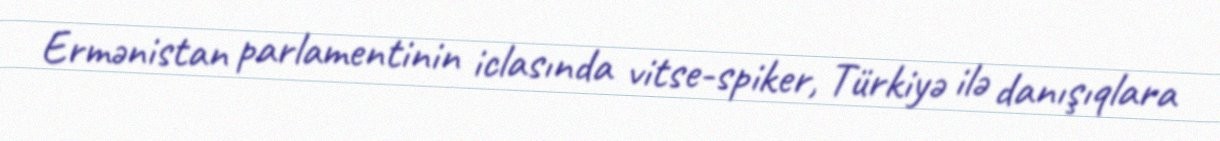
Ermənistan parlamentinin iclasında vitse-spiker, Türkiyə ilə danışıqlara